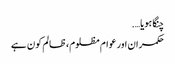
چنگا ہویا….
حکمران اور عوام مظلوم، ظالم کون ہے